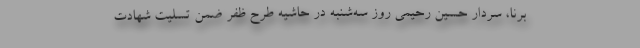
برنا، سردار حسین رحیمی روز سه‌شنبه در حاشیه طرح ظفر ضمن تسلیت شهادت